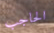
الحاجب